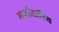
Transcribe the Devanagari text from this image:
मर्यादाप्रिय